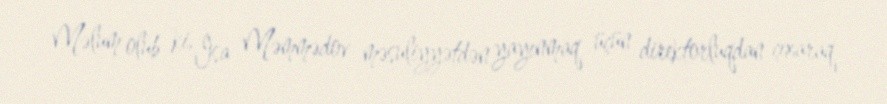
Məlum olub ki, İsa Məmmədov məsuliyyətdən yayınmaq üçün direktorluqdan çıxaraq